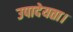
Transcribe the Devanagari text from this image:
उपादेयता।